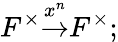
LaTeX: F^{\times}{\overset{x^{n}}{\to}}F^{\times};